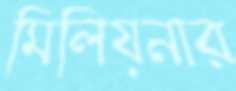
মিলিয়নার